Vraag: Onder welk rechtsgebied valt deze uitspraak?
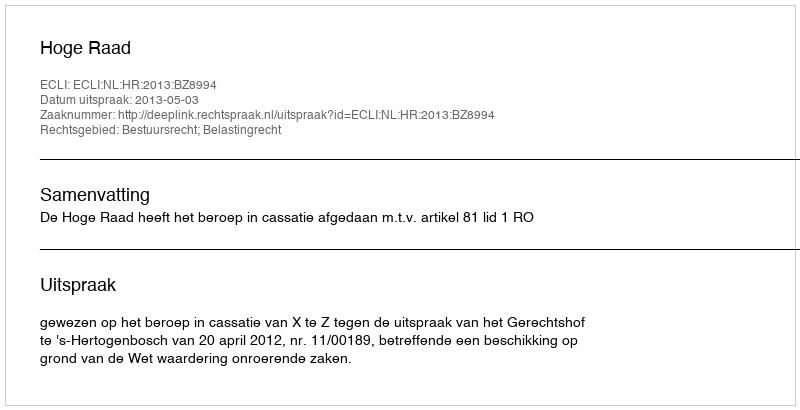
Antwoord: Bestuursrecht; Belastingrecht